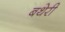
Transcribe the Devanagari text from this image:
बथेरी